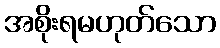
အစိုးရမဟုတ်သော